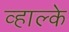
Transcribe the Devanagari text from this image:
व्हाल्के